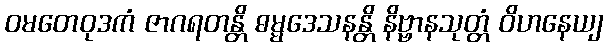
ဝမတေဝုဒကံ ဇာဂရတန္တိ ဓမ္မဒေသနန္တိ နိဗ္ဗာနသုတ္တံ ဝိဟနေယျ